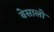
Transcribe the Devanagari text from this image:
बेसालो